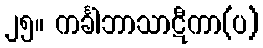
၂၅။ ကင်္ခါဘာသာဋီကာ(ပ)